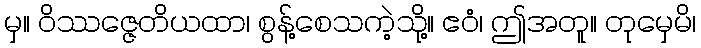
မှ။ ဝိဿဇ္ဇေတိယထာ၊ စွန့်စေသကဲ့သို့။ ဧဝံ၊ ဤအတူ။ တုမှေမိ၊